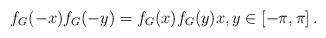
LaTeX: \begin{align*} f_G(-x)f_G(-y)=f_G(x)f_G(y)x,y\in[-\pi,\pi]\,.\end{align*}